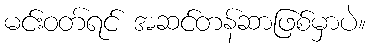
မင်းဝတ်ရင် အဆင်တန်ဆာဖြစ်မှာပဲ။